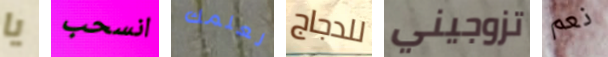
يا انسحب لعلمك للدجاج تزوجيني نعم